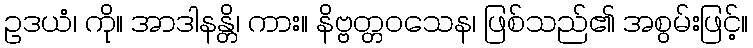
ဥဒယံ၊ ကို။ အာဒါနန္တိ၊ ကား။ နိဗ္ဗတ္တဝသေန၊ ဖြစ်သည်၏ အစွမ်းဖြင့်။